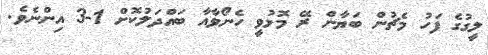
ލީގުގެ ފަހު މެޗުން ބަޔާން ރޭ މޮޅުވީ ހެނޯވާއާ ބައްދަލުކޮށް 1-3 އިންނެވެ.